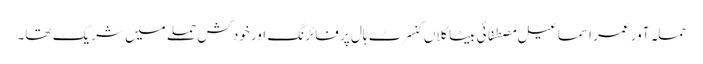
حملہ آور عمر اسماعیل مصطفائی بیٹاکلاں کنسرٹ ہال پر فائرنگ اور خود کش حملے میں شریک تھا۔